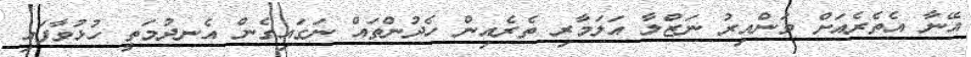
އޭނާ އެތެރެއަށް ވަންއިރު ނަޒްލާ އަލަމާރި ތެރެއިން ހެދުންތައް ނަގައިގެން އެނދުމަތީ ހުޅުވާފައި